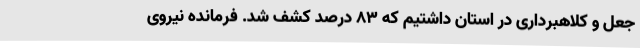
جعل و کلاهبرداری در استان داشتیم که 83 درصد کشف شد. فرمانده نیروی